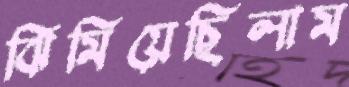
ঝিমিয়েছিলাম